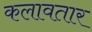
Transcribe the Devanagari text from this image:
कलावतार